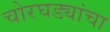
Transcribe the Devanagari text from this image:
चोरघड्यांचा